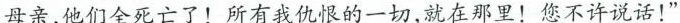
母亲，他们全死亡了！所有我仇恨的一切，就在那里！您不许说话！”